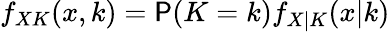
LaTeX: f_{XK}(x,k)=\mathsf P(K=k)f_{X|K}(x|k)